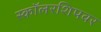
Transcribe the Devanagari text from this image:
स्कॉलरशिपवर